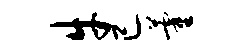
牛已藿